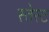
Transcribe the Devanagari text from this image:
स्तेस्ट